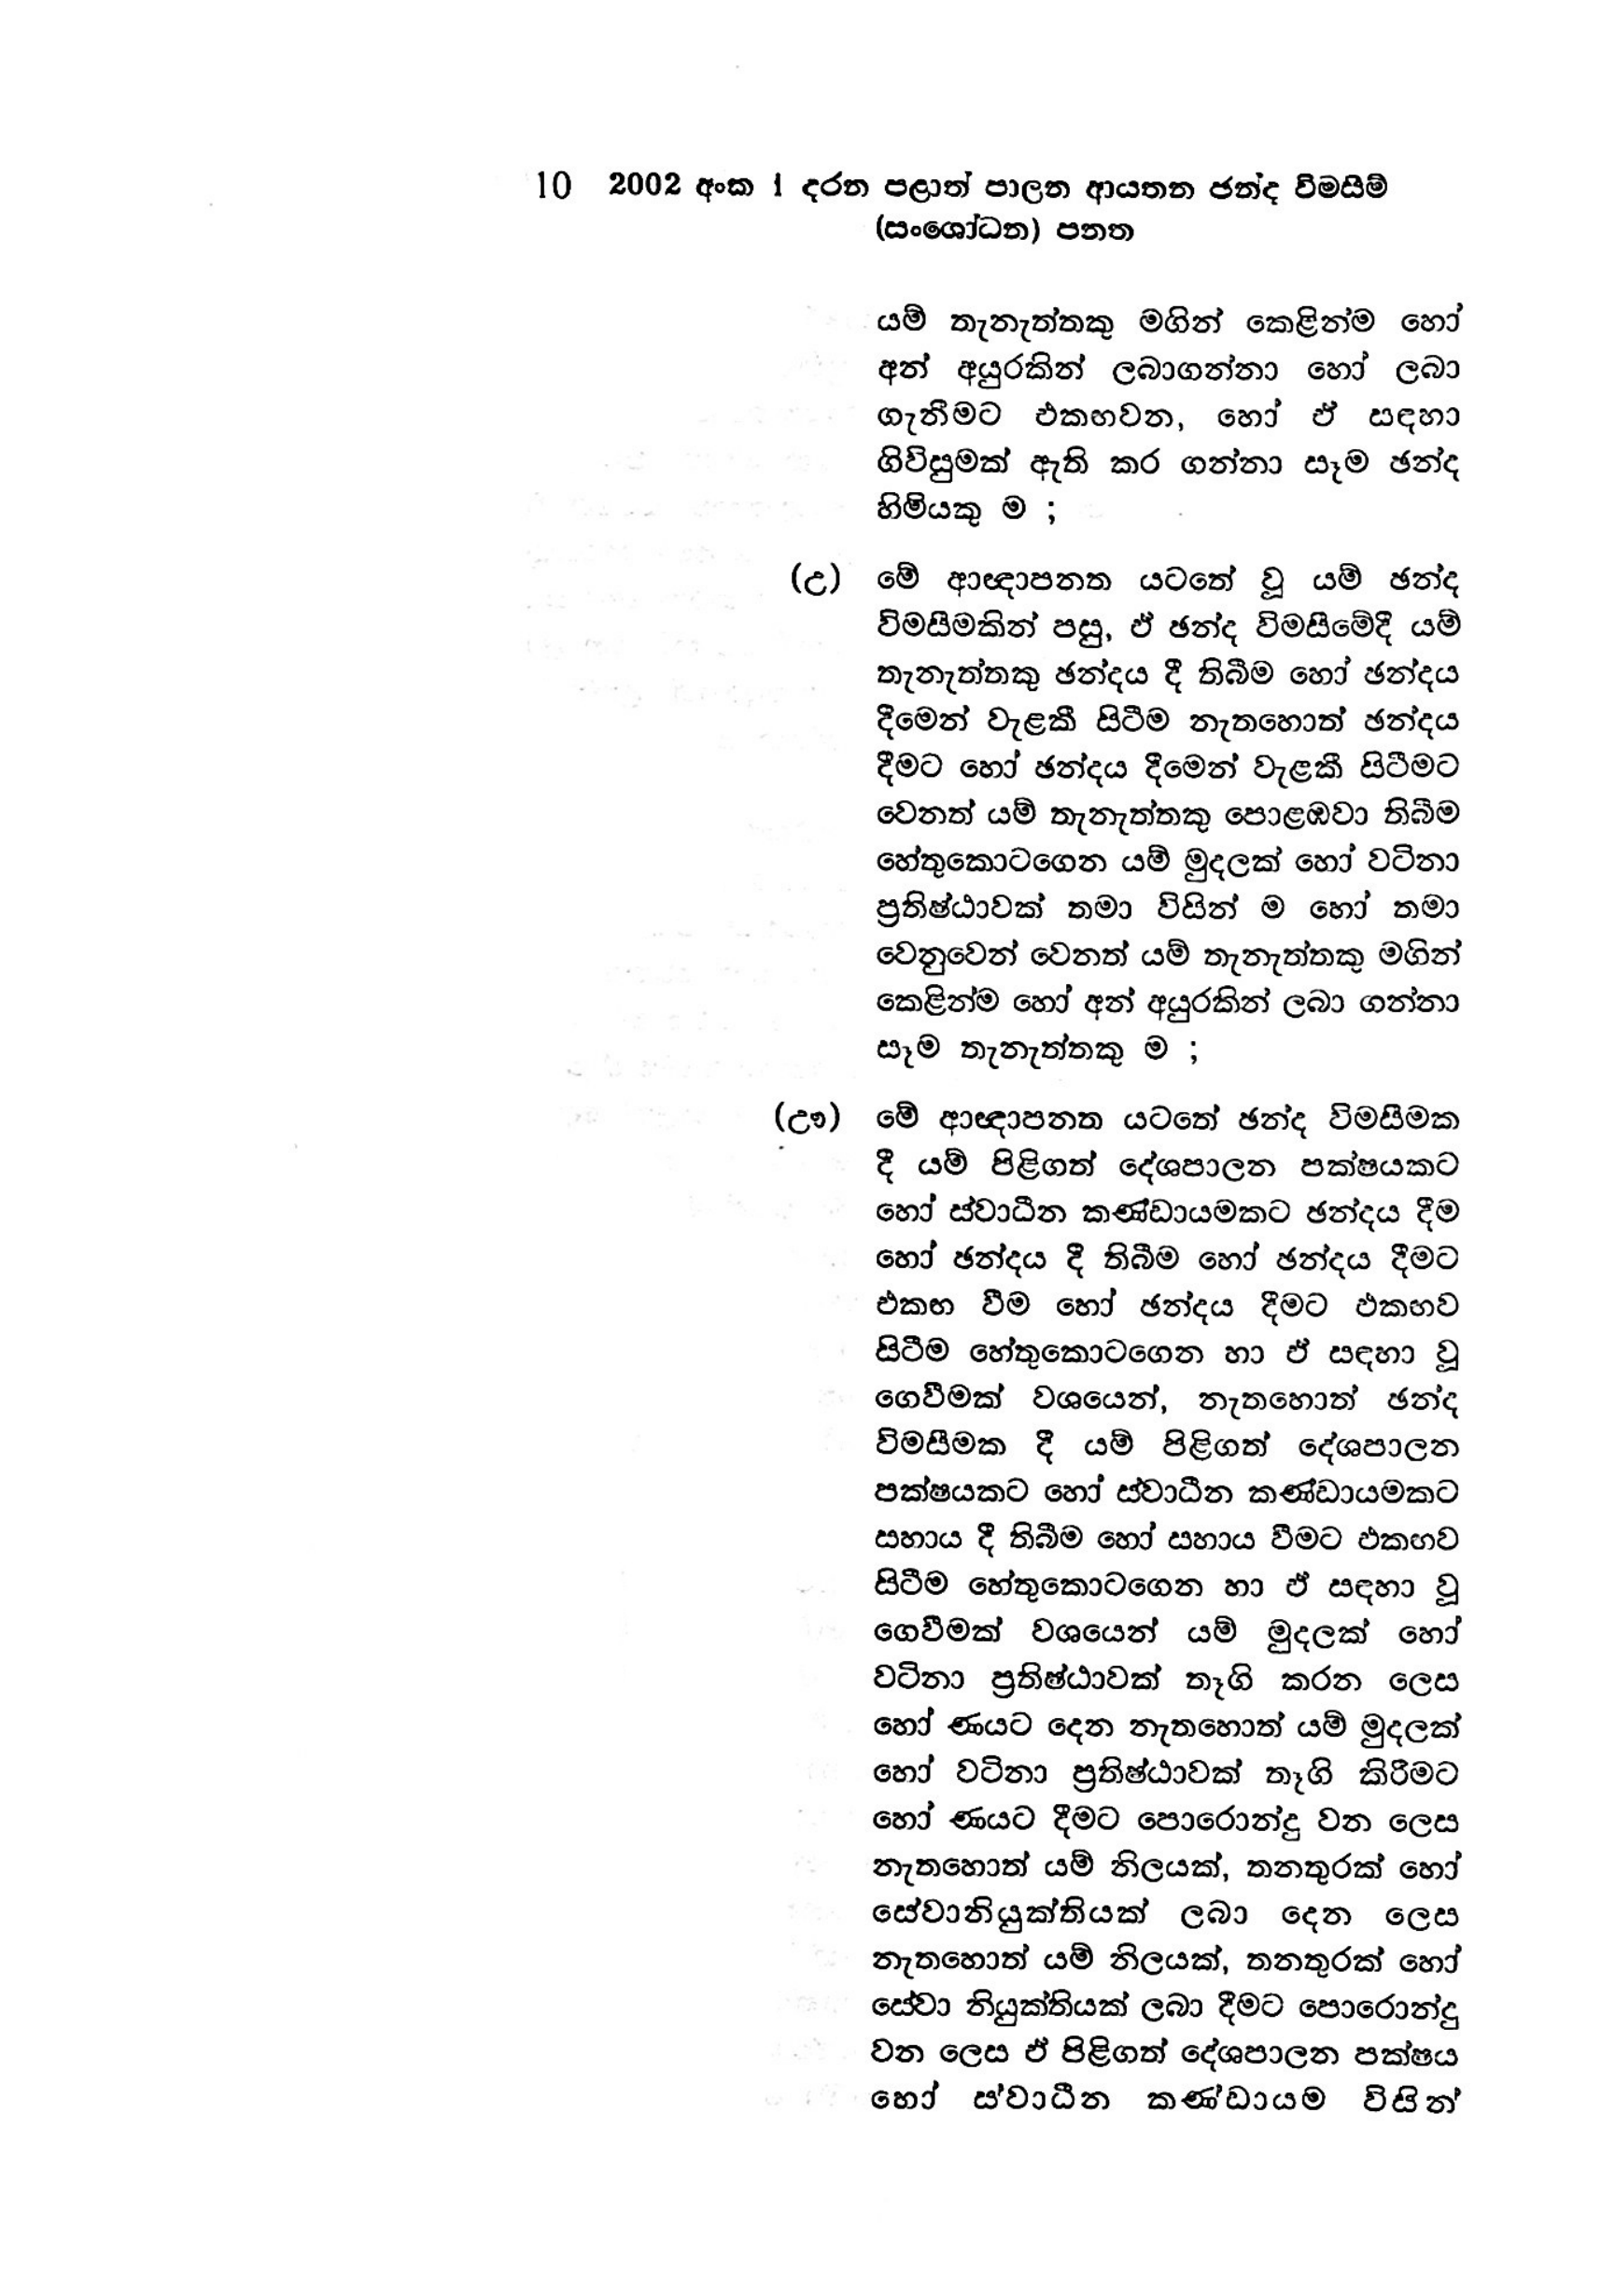
10 2002 අංක 1 දරන පළාත් පාලන ආයතන ඡන්ද විමසීම්
(සංශෝධන) පනත

යම් තැනැත්තකු මගින් කෙළින්ම හෝ
අන් අයුරකින් ලබාගන්නා හෝ ලබා
ගැනීමට එකඟවන, හෝ ඒ සඳහා
ගිවිසුමක් ඇති කර ගන්නා සෑම ඡන්ද
හිමියකු ම ;

(උ) මේ ආඥාපනත යටතේ වූ යම් ඡන්ද
විමසීමකින් පසු, ඒ ඡන්ද විමසීමේදී යම්
තැනැත්තකු ඡන්දය දී තිබීම හෝ ඡන්දය
දීමෙන් වැළකී සිටීම නැතහොත් ඡන්දය
දීමට හෝ ඡන්දය දීමෙන් වැළකී සිටීමට
වෙනත් යම් තැනැත්තකු පොළඹවා තිබීම
හේතුකොටගෙන යම් මුදලක් හෝ වටිනා
ප්‍රතිෂ්ඨාවක් තමා විසින් ම හෝ තමා
වෙනුවෙන් වෙනත් යම් තැනැත්තකු මගින්
කෙළින්ම හෝ අන් අයුරකින් ලබා ගන්නා
සෑම තැනැත්තකු ම ;

(ඌ) මේ ආඥාපනත යටතේ ඡන්ද විමසීමක
දී යම් පිළිගත් දේශපාලන පක්ෂයකට
හෝ ස්වාධීන කණ්ඩායමකට ඡන්දය දීම
හෝ ඡන්දය දී තිබීම හෝ ඡන්දය දීමට
එකඟ වීම හෝ ඡන්දය දීමට ඵකඟව
සිටීම හේතුකොටගෙන හා ඒ සඳහා වූ
ගෙවීමක් වශයෙන්, නැතහොත් ඡන්ද
විමසීමක දී යම් පිළිගත් දේශපාලන
පක්ෂයකට හෝ ස්වාධීන කණ්ඩායමකට
සහාය දී තිබීම හෝ සහාය වීමට එකඟව
සිටීම හේතුකොටගෙන හා ඒ සඳහා වූ
ගෙවීමක් වශයෙන් යම් මුදලක් හෝ
වටිනා ප්‍රතිෂ්ඨාවක් තෑගි කරන ලෙස
හෝ ණයට දෙන නැතහොත් යම් මුදලක්
හෝ වටිනා ප්‍රතිෂ්ඨාවක් තෑගි කිරීමට
හෝ ණයට දීමට පොරොන්දු වන ලෙස
නැතහොත් යම් නිලයක්, තනතුරක් හෝ
සේවානියුක්තියක් ලබා දෙන ලෙස
නැතහොත් යම් නිලයක්, තනතුරක් හෝ
සේවා නියුක්තියක් ලබා දීමට පොරොන්දු
වන ලෙස ඒ පිළිගත් දේශපාලන පක්ෂය
හෝ ස්වාධීන කණ්ඩායම විසින්